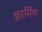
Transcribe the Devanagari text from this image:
फ़ार्मिंग